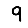
Digit: 9